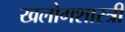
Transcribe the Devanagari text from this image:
खलोगशास्त्री